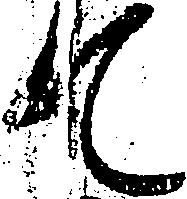
て